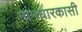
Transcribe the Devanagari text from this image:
नामधारकासी